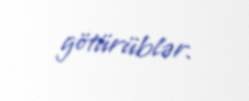
götürüblər.